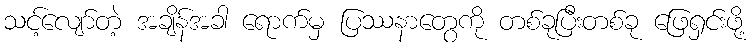
သင့်လျော်တဲ့ အချိန်အခါ ရောက်မှ ပြဿနာတွေကို တစ်ခုပြီးတစ်ခု ဖြေရှင်းဖို့